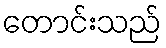
တောင်းသည်